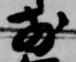
前